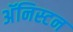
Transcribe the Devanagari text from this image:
अॅनिस्टन